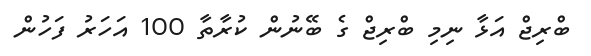
ބްރިޖް އަޅާ ނިމި ބްރިޖް ގެ ބޭނުން ކުރާތާ 100 އަހަރު ފަހުން